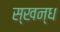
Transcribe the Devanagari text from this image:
स्खन्ध